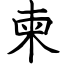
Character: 柬